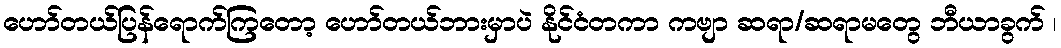
ဟော်တယ်ပြန်ရောက်ကြတော့ ဟော်တယ်ဘားမှာပဲ နိုင်ငံတကာ ကဗျာ ဆရာ/ဆရာမတွေ ဘီယာခွက် ၊